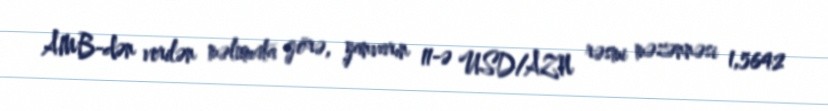
AMB-dən verilən məlumata görə, yanvarın 11-ə USD/AZN rəsmi məzənnəsi 1,5642